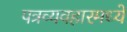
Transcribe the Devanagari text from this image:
पत्रव्यवहारमध्ये